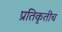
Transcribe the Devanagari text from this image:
प्रतिकृतीच